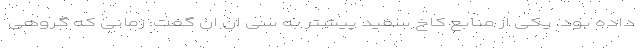
داده بود. یکی از منابع کاخ سفید پیشتر به سی‌ ان ان گفت: زمانی که گروهی